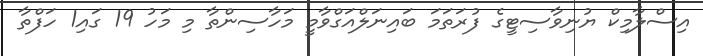
އިސްލާމިކް ޔުނިވާސިޓީގެ ފުރަތަމަ ބައިނަލްއަގްވާމީ މަހާސިންތާ މި މަހު 19 ގައި1 ހަފްތާ